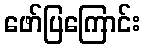
ဖော်ပြကြောင်း